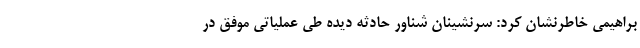
براهیمی خاطرنشان کرد: سرنشینان شناور حادثه دیده طی عملیاتی موفق در